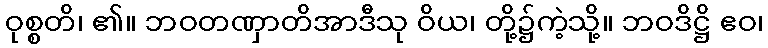
ဝုစ္စတိ၊ ၏။ ဘဝတဏှာတိအာဒီသု ဝိယ၊ တို့၌ကဲ့သို့။ ဘဝဒိဋ္ဌိ ဧဝ၊